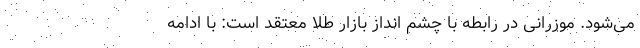
می‌شود. موزرانی در رابطه با چشم انداز بازار طلا معتقد است: با ادامه